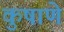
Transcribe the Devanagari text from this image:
कुषाणे